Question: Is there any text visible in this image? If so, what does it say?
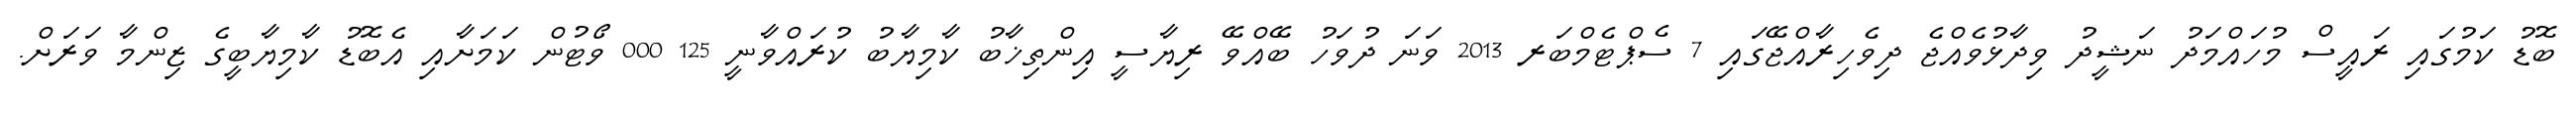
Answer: ބޮޑު ކަމުގައި ރައީސް މުހައްމަދު ނަޝީދު ވިދާޅުވެއްޖެ ދިވެހިރާއްޖޭގައި 7 ސެޕްޓެމްބަރ 2013 ވަނަ ދުވަހު ބޭއްވޭ ރިޔާސީ އިންތިޚާބު ކާމިޔާބު ކުރައްވާނީ 125 000 ވޯޓުން ކަމަށާއި އެބޮޑު ކާމިޔާބީގެ ޒިންމާ ވަރަށް.